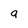
Character: g